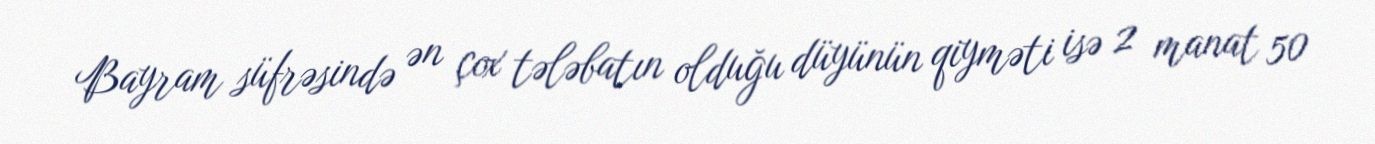
Bayram süfrəsində ən çox tələbatın olduğu düyünün qiyməti isə 2 manat 50